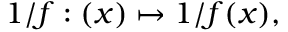
1 / f : ( x ) \mapsto 1 / f ( x ) ,